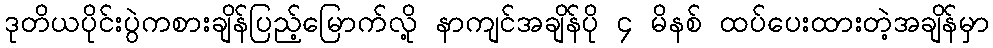
ဒုတိယပိုင်းပွဲကစားချိန်ပြည့်မြောက်လို့ နာကျင်အချိန်ပို ၄ မိနစ် ထပ်ပေးထားတဲ့အချိန်မှာ